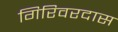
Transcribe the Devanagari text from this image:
गिरिवरदास